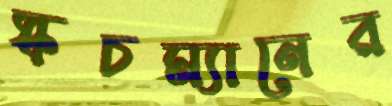
স্কচম্যানের